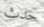
حدث